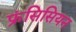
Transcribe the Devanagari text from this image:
फ्रंसिसियन